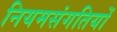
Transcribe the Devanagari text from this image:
नियमसंगतियों